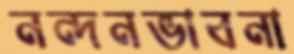
নন্দনভাবনা